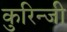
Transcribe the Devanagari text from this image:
कुरिन्‍जी